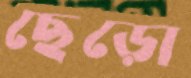
ছেড়ো